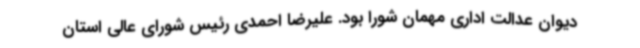
دیوان عدالت اداری مهمان شورا بود. علیرضا احمدی رئیس شورای عالی استان